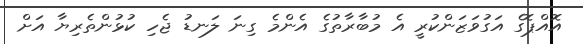
އޮއްޕޮގެ އަގުވަޒަންކުރީ އެ މުބާރާތުގެ އެންމެ ގިނަ ލަނޑު ޖެހި ކުޅުންތެރިޔާ އަށް